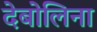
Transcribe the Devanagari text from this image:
देबोलिना